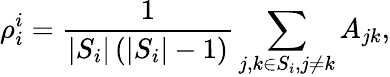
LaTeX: \rho_{i}^{i}=\frac{1}{\left|S_{i}\right|\left(\left|S_{i}\right|-1\right)}\sum_{j,k\in S_{i},j\neq k}A_{jk},